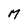
Character: M